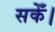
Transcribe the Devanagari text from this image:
सकेँ।